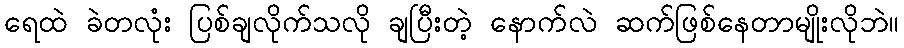
ရေထဲ ခဲတလုံး ပြစ်ချလိုက်သလို ချပြီးတဲ့ နောက်လဲ ဆက်ဖြစ်နေတာမျိုးလိုဘဲ။